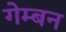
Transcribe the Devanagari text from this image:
गेम्बन